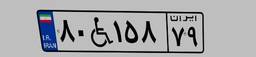
۱۸W۰۳۷۹۶